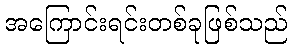
အကြောင်းရင်းတစ်ခုဖြစ်သည်